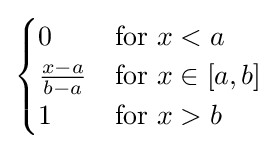
{\begin{cases}0&{\text{for }}x<a\\{\frac {x-a}{b-a}}&{\text{for }}x\in [a,b]\\1&{\text{for }}x>b\end{cases}}